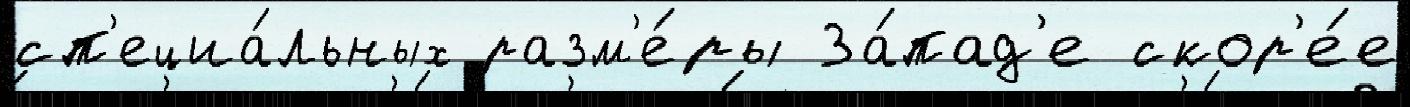
сп'ециа́льных разм'е́ры За́пад'е скор'е́е